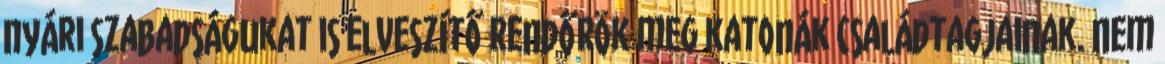
nyári szabadságukat is elveszítő rendőrök meg katonák családtagjainak. Nem